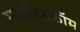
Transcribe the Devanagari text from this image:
महाडिस्कॉम